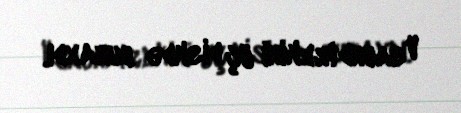
V saundtrekini üç diskdə buraxdı.